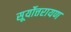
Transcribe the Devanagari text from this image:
सूर्योत्तरायण